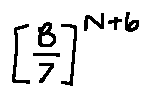
[ \frac { B } { 7 } ] ^ { N + 6 }